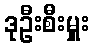
ဒုဦးစီးမှူး